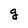
Character: g